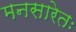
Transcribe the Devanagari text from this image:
मनसारेतः